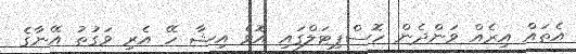
އެތައް އިރެއް ވަންދެން ހޮސްޕިޓަލްގައި އޮވެ އިޝާ ހޭ އެރި ވަގުތު އޭނާގެ